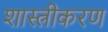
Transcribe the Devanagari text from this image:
शास्त्रीकरण